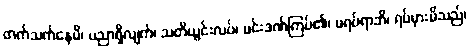
တက်သက်နေမိ၊ ပညာရှိလျက်၊ သတိယွင်းလပ်၊ မင်းဒဏ်ကြပ်၏၊ မရပ်ရာဘိ၊ ရပ်မှားမိသည်၊